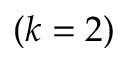
( k = 2 )